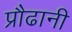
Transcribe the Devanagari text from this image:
प्रौढानी